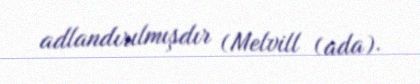
adlandırılmışdır (Melvill (ada).